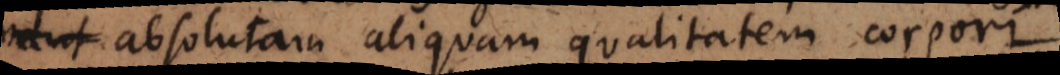
absolutam aliquam qualitatem corpori